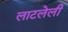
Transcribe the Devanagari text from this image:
लाटलेली